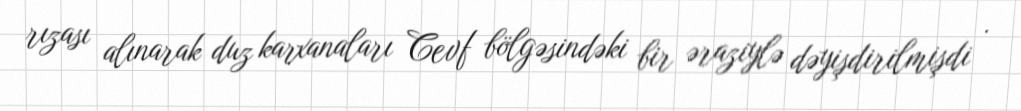
rızası alınarak duz karxanaları Cevf bölgəsindəki bir əraziylə dəyişdirilmişdi .